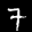
Label: 7